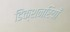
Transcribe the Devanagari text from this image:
डिक्शनरियाँ